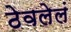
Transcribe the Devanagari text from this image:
ठेवलेलं